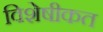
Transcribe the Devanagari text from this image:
विशेषीकत